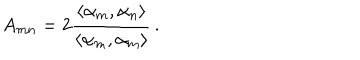
LaTeX: A _ { m n } = 2 \frac { \langle \alpha _ { m } , \alpha _ { n } \rangle } { \langle \alpha _ { m } , \alpha _ { m } \rangle } \, .